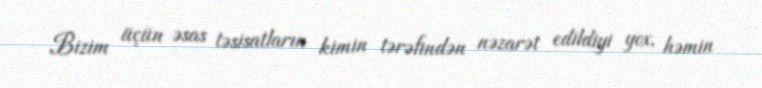
Bizim üçün əsas təsisatların kimin tərəfindən nəzarət edildiyi yox, həmin